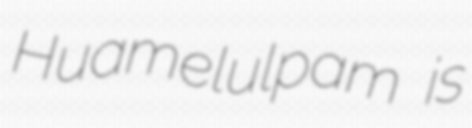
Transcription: Huamelulpam is